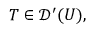
T \in { \mathcal { D } } ^ { \prime } ( U ) ,